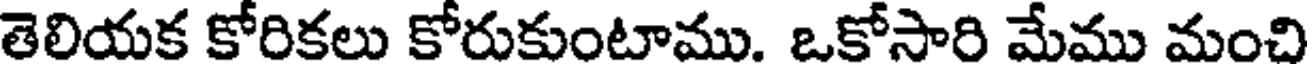
తెలియక కోరికలు కోరుకుంటాము. ఒకోసారి మేము మంచి